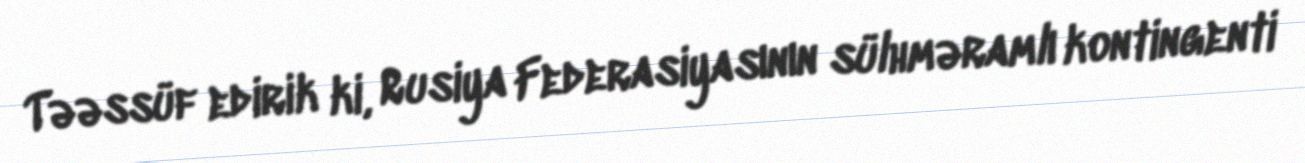
Təəssüf edirik ki, Rusiya Federasiyasının sülhməramlı kontingenti